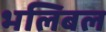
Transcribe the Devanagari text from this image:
भलिबल